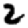
Digit: 2